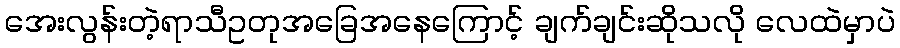
အေးလွန်းတဲ့ရာသီဥတုအခြေအနေကြောင့် ချက်ချင်းဆိုသလို လေထဲမှာပဲ